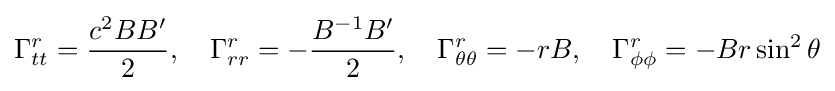
\Gamma _{tt}^{r}={\frac {c^{2}BB'}{2}},\quad \Gamma _{rr}^{r}=-{\frac {B^{-1}B'}{2}},\quad \Gamma _{\theta \theta }^{r}=-rB,\quad \Gamma _{\phi \phi }^{r}=-Br\sin ^{2}\theta